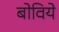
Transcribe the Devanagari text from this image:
बोविये